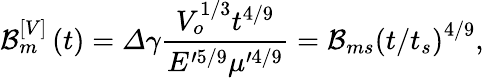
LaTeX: \mathcal{B}_{m}^{\left[V\right]}\left(t\right)=\varDelta\gamma\frac{V_{o}^{1/3}t^{4/9}}{E^{\prime 5/9}\mu^{\prime 4/9}}=\mathcal{B}_{ms}\left(t/t_{s}\right)^{4/9},